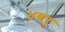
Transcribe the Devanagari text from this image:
४वर्